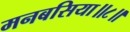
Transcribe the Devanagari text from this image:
मनबसिया॥८॥